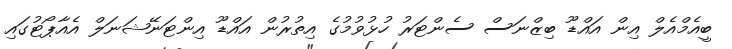
ބީއެމްއެލް އިން އައްޑޫ ބިޒްނަސް ސެންޓަރު ހުޅުވުމުގެ އިތުރުން އައްޑޫ އިންޓަނޭޝަނަލް އެއާޕޯޓުގައި